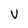
Character: v